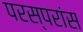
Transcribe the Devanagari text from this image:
परस्परांस